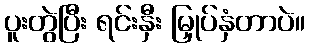
ပူးတွဲပြီး ရင်းနှီး မြှုပ်နှံတာပဲ။